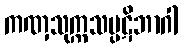
ကဏှသုက္ကသပ္ပဋိဘာဂါ